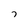
Character: 7